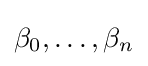
\beta _{0},\ldots ,\beta _{n}